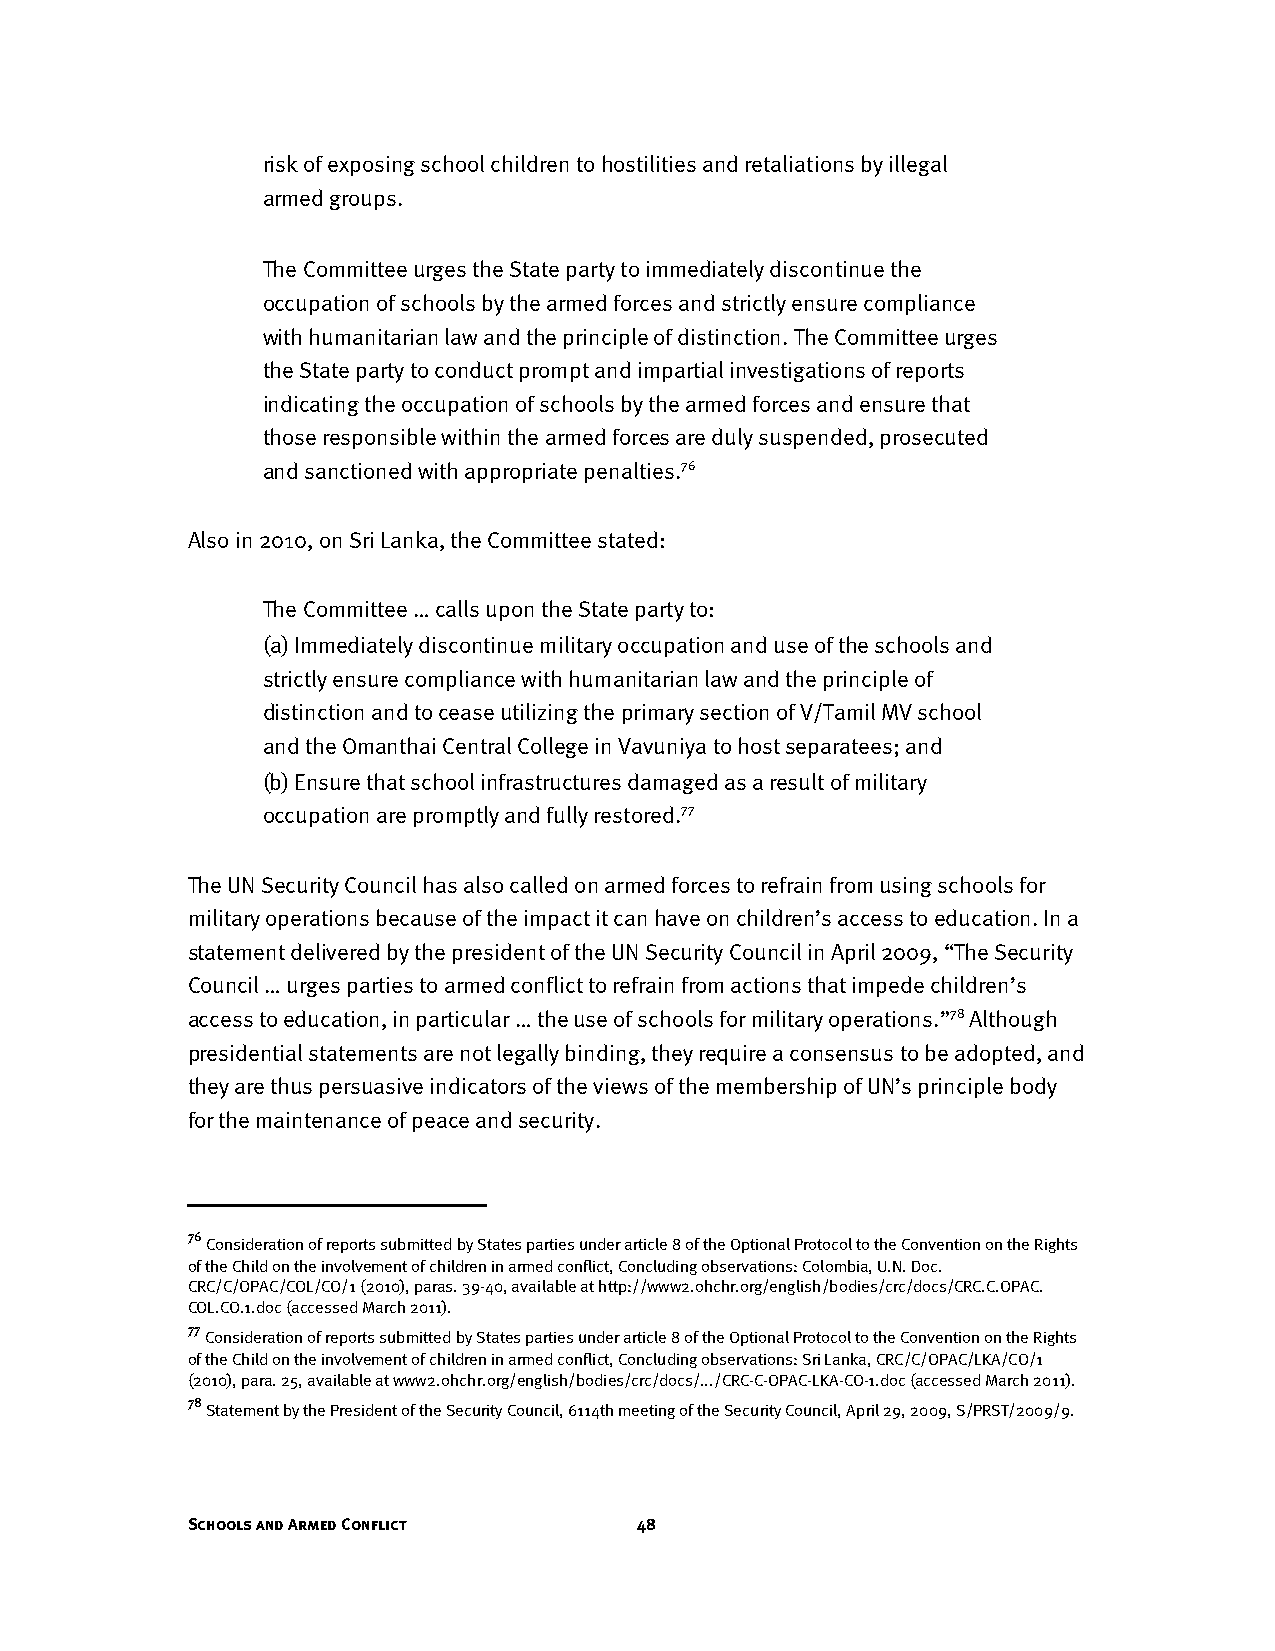
risk of exposing school children to hostilities and retaliations by illegal
 armed groups.
 The Committee urges the State party to immediately discontinue the
 occupation of schools by the armed forces and strictly ensure compliance
 with humanitarian law and the principle of distinction. The Committee urges
 the State party to conduct prompt and impartial investigations of reports
 indicating the occupation of schools by the armed forces and ensure that
 those responsible within the armed forces are duly suspended, prosecuted
 and sanctioned with appropriate penalties.76
 Also in 2010, on Sri Lanka, the Committee stated:
 The Committee … calls upon the State party to:
 (a) Immediately discontinue military occupation and use of the schools and
 strictly ensure compliance with humanitarian law and the principle of
 distinction and to cease utilizing the primary section of V/Tamil MV school
 and the Omanthai Central College in Vavuniya to host separatees; and
 (b) Ensure that school infrastructures damaged as a result of military
 occupation are promptly and fully restored.77
 The UN Security Council has also called on armed forces to refrain from using schools for
 military operations because of the impact it can have on children’s access to education. In a
 statement delivered by the president of the UN Security Council in April 2009, “The Security
 Council … urges parties to armed conflict to refrain from actions that impede children’s
 access to education, in particular … the use of schools for military operations.”78 Although
 presidential statements are not legally binding, they require a consensus to be adopted, and
 they are thus persuasive indicators of the views of the membership of UN’s principle body
 for the maintenance of peace and security.
 76
 Consideration of reports submitted by States parties under article 8 of the Optional Protocol to the Convention on the Rights
 of the Child on the involvement of children in armed conflict, Concluding observations: Colombia, U.N. Doc.
 CRC/C/OPAC/COL/CO/1 (2010), paras. 39-40, available at http://www2.ohchr.org/english/bodies/crc/docs/CRC.C.OPAC.
 COL.CO.1.doc (accessed March 2011).
 77
 Consideration of reports submitted by States parties under article 8 of the Optional Protocol to the Convention on the Rights
 of the Child on the involvement of children in armed conflict, Concluding observations: Sri Lanka, CRC/C/OPAC/LKA/CO/1
 (2010), para. 25, available at www2.ohchr.org/english/bodies/crc/docs/.../CRC-C-OPAC-LKA-CO-1.doc (accessed March 2011).
 78
 Statement by the President of the Security Council, 6114th meeting of the Security Council, April 29, 2009, S/PRST/2009/9.
 Schools and Armed Conflict    48